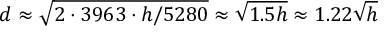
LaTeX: d \approx { \sqrt { 2 \cdot 3 9 6 3 \cdot { h / 5 2 8 0 } } } \approx { \sqrt { 1 . 5 h } } \approx 1 . 2 2 { \sqrt { h } }